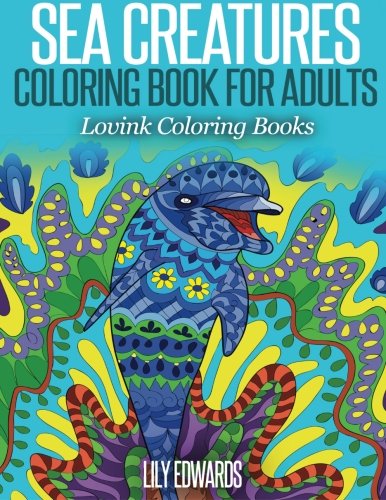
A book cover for Sea Creatures Coloring Book for Adults: Lovink Coloring Books; Lily Edwards; Arts & Photography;